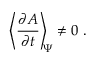
\left\langle \frac { \partial A } { \partial t } \right\rangle _ { \scriptstyle \! \! \Psi } \neq 0 \; .